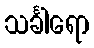
သင်္ခါရော